Indian journal of veterinary science and animal husbandry - Volume 14,
Year: 1944
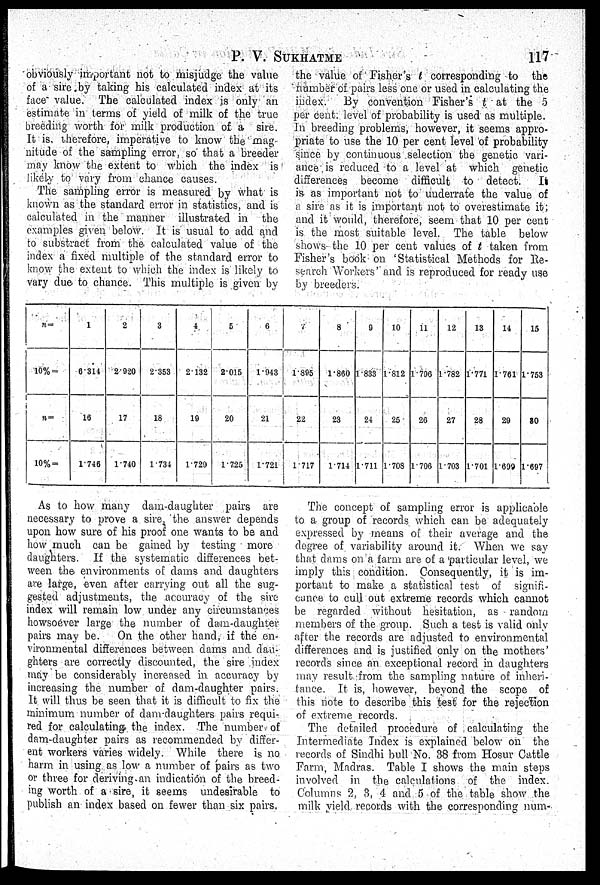
P. V. SUKHATME
117
obviously important not to misjudge the value
of a sire by taking his calculated index at its
face value. The calculated index is only an
estimate in terms of yield of milk of the true
breeding worth for milk production of a sire.
It is, therefore, imperative to know the mag
nitude of the sampling error, so that a breeder
may know the extent to which the index is
likely to vary from chance causes.
The sampling error is measured by what is
known as the standard error in statistics, and is
calculated in the manner illustrated in the
examples given below. It is usual to add and
to substract from the calculated value of the
index a fixed multiple of the standard error to
know the extent to which the index is likely to
vary due to chance. This multiple is given by
the value of Fisher's t corresponding to the
number of pairs less one or used in calculating the
index. By convention Fisher's t at the 5
per cent. level of probability is used as multiple.
In breeding problems, however, it seems appro-
priate to use the 10 per cent level of probability
since by continuous selection the genetic vari-
ance is reduced to a level at which genetic
differences become difficult to detect.
It
is as important not to underrate the value of
a sire as it is important not to overestimate it;
and it would, therefore, seem that 10 per cent
is the most suitable level. The table below
shows the 10 per cent values of t taken from
Fisher's book on 'Statistical Methods for Re-
search Workers' and is reproduced for ready use
by breeders.
n =
10% =
n=
10% =
1
6314
16
1.746
2
2.920
17
1.740
3
2.353
18
1.734
4
2.132
19
1.729
5
2.015
20
1.725
6
1.943
21
1.721
V
1.895
22
1.717
8
1.860
23
1.714
9
1.833
24
1.711
10
1.812
25
1.708
11
1.796
26
1.706
12
1.782
27
1.703
13
1.771
28
1.701
14
1.761
29
1.699
15
1.753
80
1.697
As to how many dam-daughter pairs are
necessary to prove a sire, the answer depends
upon how sure of his proof one wants to be and
how much can be gained by testing more
daughters. If the systematic differences bet-
ween the environments of dams and daughters
are large, even after carrying out all the sug-
gested adjustments, the accuracy of the sire
index will remain low under any circumstances
howsoever large the number of dam-daughter
pairs may be.
On the other hand, if the en-
vironmental differences between dams and dau-
ghters are correctly discounted, the sire index
may be considerably increased in accuracy by
increasing the number of dam-daughter pairs.
It will thus be seen that it is difficult to fix the
minimum number of dam-daughters pairs requi-
red for calculating the index. The number of
dam-daughter pairs as recommended by differ-
ent workers varies widely. While there is no
harm in using as low a number of pairs as two
or three for deriving an indication of the breed-
ing worth of a sire, it seems undesirable to
publish an index based on fewer than six pairs,
The concept of sampling error is applicable
to a group of records which can be adequately
expressed by means of their average and the
degree of variability around it. When we say
that dams on a farm are of a particular level, we
imply this condition. Consequently, it is im-
portant to make a statistical test of signifi-
cance to cull out extreme records which cannot
be regarded without hesitation, as random
members of the group. Such a test is valid only
after the records are adjusted to environmental
differences and is justified only on the mothers'
records since an exceptional record in daughters
may result from the sampling nature of inheri-
tance. It is, however, beyond the scope of
this note to describe this test for the rejection
of extreme records.
The detailed procedure of calculating the
Intermediate Index is explained below on the
records of Sindhi bull No. 38 from Hosur Cattle
Farm, Madras. Table I shows the main steps
involved in the calculations of the index.
Columns 2, 3, 4 and 5 of the table show the
milk yield records with the corresponding num-